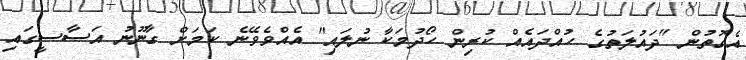
އެގޮތުން "ދައުލަތުގެ ހުއްދައެއް ކުރިން ހޯދުމަކާ ނުލައި" އެއްވެވޭނެ ކަމަށް ގާނޫނު އަސާސީގައި